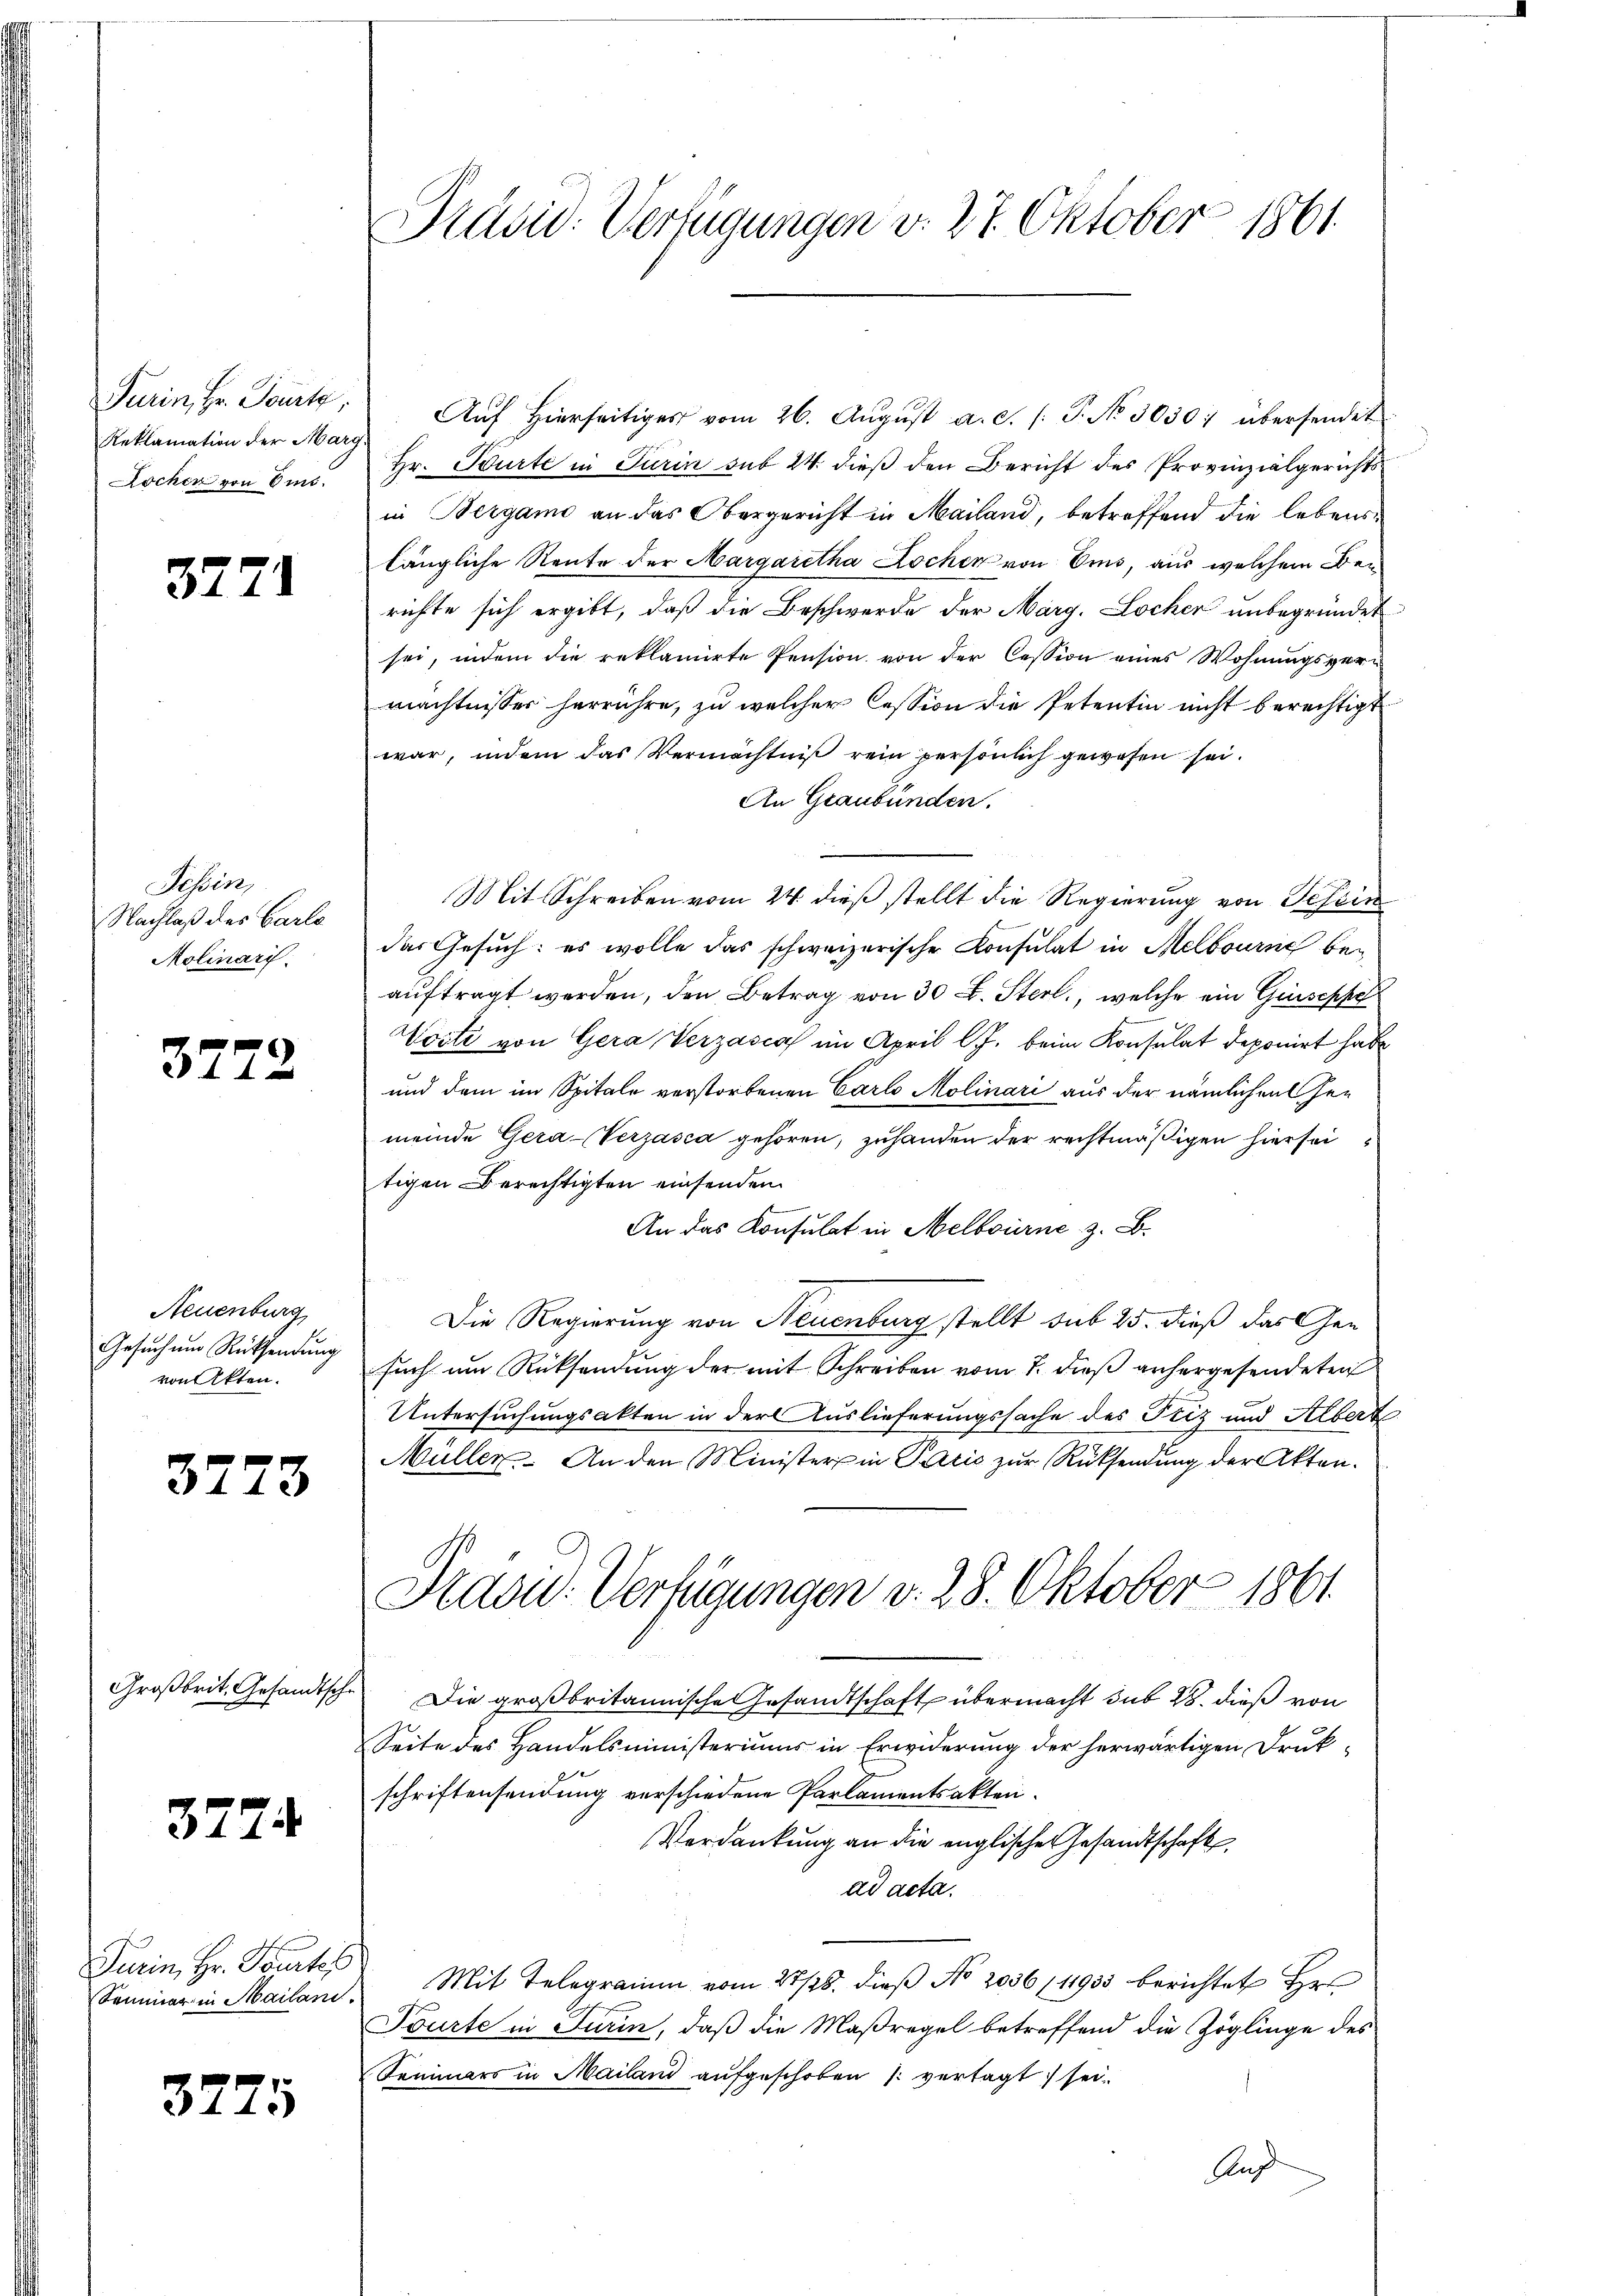
Turin, Hr. Tourt,
Reklamation der Marg
Lochen von Em

3771

Tessin,
Nachlaß des Carlo
Molinari

3772

Neuenburg
Gesuchung Rücksendung
von Akten.

3773

Großbrit. Gesandtsch

3774

Turin, Hr. Pourtis
Seminar in Mailand.

3775

Präsid. Verfügungen d. 27. Oktober 1861.

Auf Hierseitiges vom 26. August a. c. s. P. No 30301 übersendet
Hr. Beurte in Turin sub 24. dieß den Bericht des Provinzialgerichts
in Bergamo an das Obergericht in Mailand, betreffend die lebenslängliche Rente der Margaretha Lochen von Ems, aus welchem Berichte sich ergibt, daß die Beschwerde der Marg. Locher unbegründet
sei, indem die reklamirte Pension von der Cession eines Wohnungsvermächtnisser herrühre, zu welcher Cession die Petentin nicht berechtigt
war, indem das Vermächtniß rein persönlich gewesen sei.
An Graubünden.
Mit Schreiben vom 24. dieß stellt die Regierung von Schein
das Gesuch: es wolle das schweizerische Consulat in Melbourne beauftragt werden, den Betrag von 30 f. Sterl, welche ein Guseppe
Worte von Gera Verzasca im April lJ. beim Konsulat deponirt habe
und dem im Spitale verstorbenen Carlo Molinari aus der nämlichen Gemeinde Gera-Verzasca gehören, zuhanden der rechtmäßigen hiersei
tigen Berechtigten einsenden.
An das Konsulat in Melbourne z. B.
Die Regierung von Neuenburg stellt sub 25. dieß das Gesuch um Rücksendung der mit Schreiben vom 7. dieß anhergesendeten
Untersuchungsakten in der Auslieferungssache des Friz und Albert
Müller. An den Minister in Paris zŭr Rücksendung der Akten.
Hasid. Verfügungen v. 28. Oktober 1861
Die großbritannische Gesandtschaft übermacht sub 28. dieß von
Seite des Handelsministeriums in Erwiderung der herwärtigen Drukschriftensendung verschiedene Parlamentsakten.
Verdankung an die englische Gesandtschaft
ad acta.
Mit Telegramm vom 27/26. dieß No 2036/11933 berichtet Hr.
Tourte in Jurin, daß die Maßregel betreffend die Zöglinge des
Semmers in Mailand aufgeschoben vertagt sei.
Auf